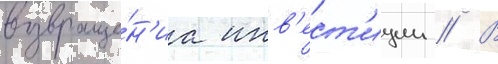
возвраще́н'иа инв'ест'иции // В